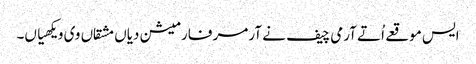
ایس موقعے اُتے آرمی چیف نے آرمر فارمیشن دیاں مشقاں وی ویکھیاں۔